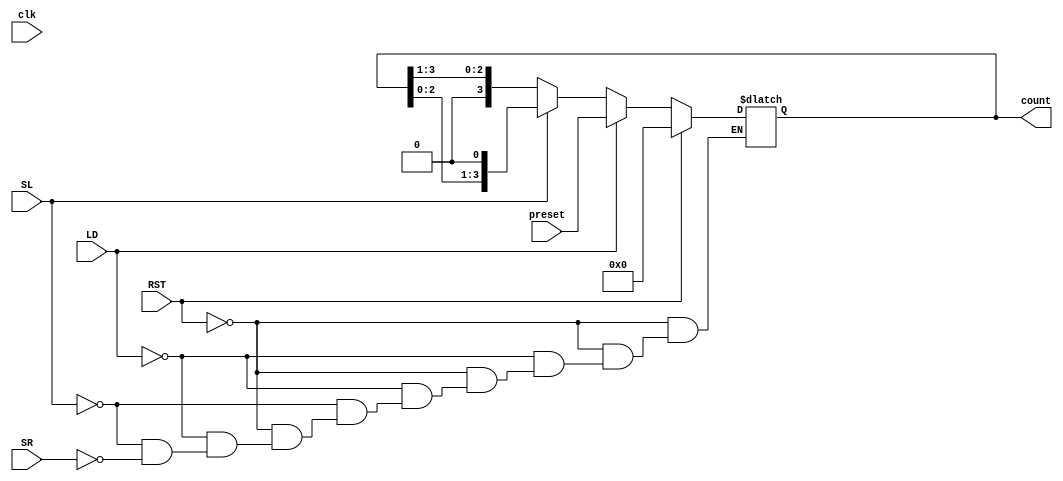
module async_shift_counter (
    input wire clk,          // Clock signal (not used in this asynchronous design)
    input wire SL,          // Shift Left control signal
    input wire SR,          // Shift Right control signal
    input wire LD,          // Load control signal
    input wire RST,         // Reset control signal
    input wire [3:0] preset, // Preset value for loading
    output reg [3:0] count   // Current count value
);

// Asynchronous reset and control logic
always @(*) begin
    if (RST) begin
        count = 4'b0000; // Reset the counter to 0
    end else if (LD) begin
        count = preset; // Load the preset value
    end else if (SL) begin
        count = {count[2:0], 1'b0}; // Shift left, fill LSB with 0
    end else if (SR) begin
        count = {1'b0, count[3:1]}; // Shift right, fill MSB with 0
    end
end

endmodule